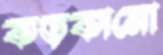
কড়কানো